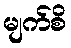
မျက်စိ